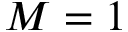
M = 1